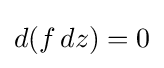
d(f\,dz)=0